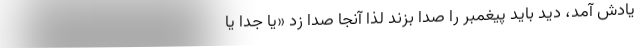
یادش آمد، دید باید پیغمبر را صدا بزند لذا آنجا صدا زد «یا جدا یا